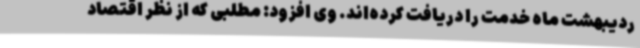
ردیبهشت ماه خدمت را دریافت کرده‌اند. وی افزود: مطلبی که از نظر اقتصاد